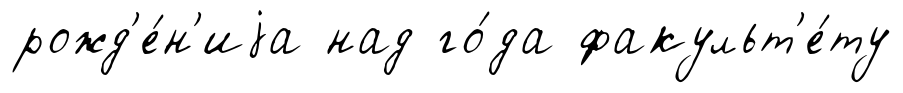
рожд'е́н'иjа над го́да факульт'е́ту